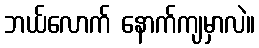
ဘယ်လောက် နောက်ကျမှာလဲ။